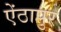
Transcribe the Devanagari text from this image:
ऐंठापुर